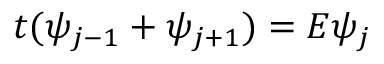
t ( \psi _ { j - 1 } + \psi _ { j + 1 } ) = E \psi _ { j }